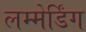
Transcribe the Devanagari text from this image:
लम्मेर्डिंग